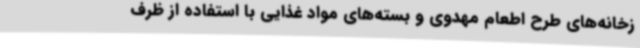
زخانه‌های طرح اطعام مهدوی و بسته‌های مواد غذایی با استفاده از ظرف